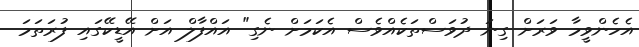
އެހެންވީމާ ވަރަށް ގިނަ ދުވަސްތަކެއްވެސް އެކަމަށް ނެގި" އައްފާލް އަށް އޭޑީކޭގައި ފުރަތަމަ